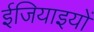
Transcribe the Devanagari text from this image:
ईजियाइयों